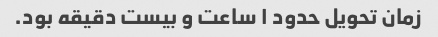
زمان تحویل حدود ۱ ساعت و بیست دقیقه بود.